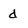
Character: d